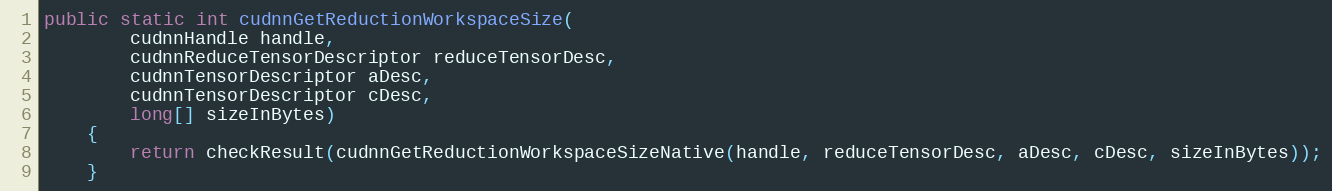
Language: Java
public static int cudnnGetReductionWorkspaceSize(
        cudnnHandle handle,
        cudnnReduceTensorDescriptor reduceTensorDesc,
        cudnnTensorDescriptor aDesc,
        cudnnTensorDescriptor cDesc,
        long[] sizeInBytes)
    {
        return checkResult(cudnnGetReductionWorkspaceSizeNative(handle, reduceTensorDesc, aDesc, cDesc, sizeInBytes));
    }